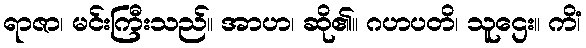
ရာဇာ၊ မင်းကြီးသည်။ အာဟ၊ ဆို၏။ ဂဟပတိ၊ သူဌေး။ ကိံ၊